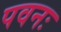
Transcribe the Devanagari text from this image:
पवनः